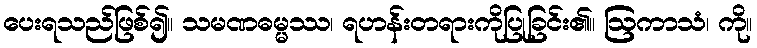
ပေးရသည်ဖြစ်၍။ သမဏဓမ္မဿ၊ ရဟန်းတရားကိုပြုခြင်း၏။ ဩကာသံ၊ ကို။